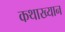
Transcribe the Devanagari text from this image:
कथाख्यान